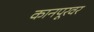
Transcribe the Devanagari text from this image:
कानपूरवर